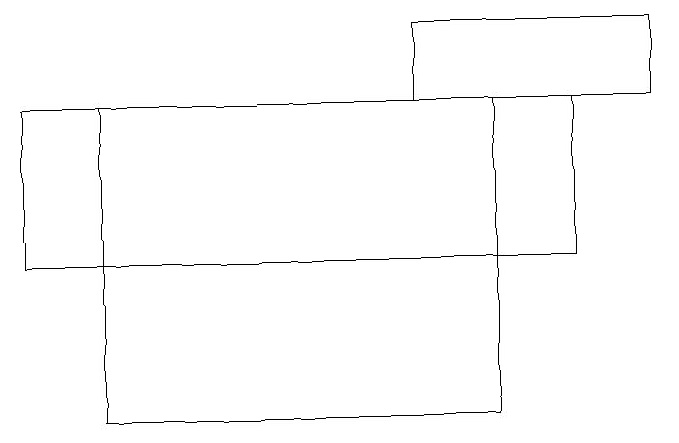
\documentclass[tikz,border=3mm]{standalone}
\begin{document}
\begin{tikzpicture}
\draw (1,15) rectangle (6,11);
\draw (0,15) rectangle (7,13);
\draw (8,15) rectangle (5,16);
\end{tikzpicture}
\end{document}